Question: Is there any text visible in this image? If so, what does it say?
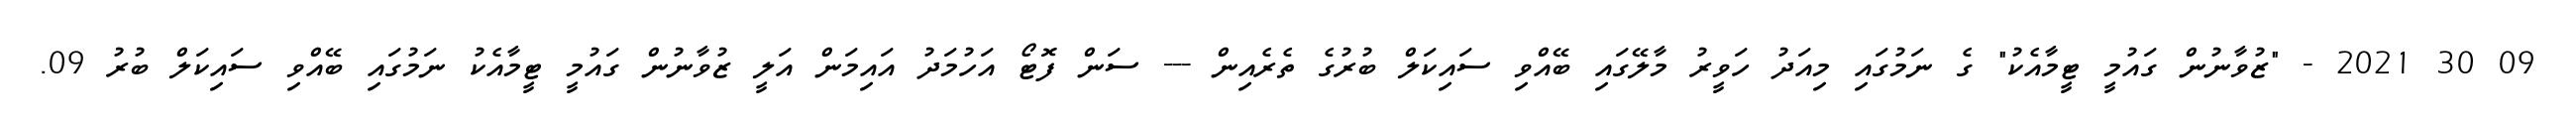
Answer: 09 30 2021 - "ޒުވާނުން ގައުމީ ޓީމާއެކު" ގެ ނަމުގައި މިއަދު ހަވީރު މާލޭގައި ބޭއްވި ސައިކަލް ބުރުގެ ތެރެއިން --- ސަން ފޮޓޯ އަހުމަދު އައިމަން އަލީ ޒުވާނުން ގައުމީ ޓީމާއެކު ނަމުގައި ބޭއްވި ސައިކަލް ބުރު 09.